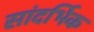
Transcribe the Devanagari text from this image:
सांदर्भिक